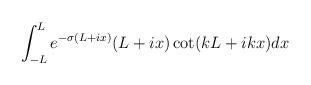
LaTeX: \begin{align*}\int_{-L}^{L} e^{-\sigma(L+ix)}(L+ix)\cot(kL+ikx)dx\end{align*}